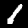
Digit: 1